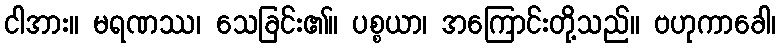
ငါအား။ မရဏဿ၊ သေခြင်း၏။ ပစ္စယာ၊ အကြောင်းတို့သည်။ ဗဟုကာခေါ၊